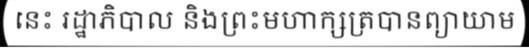
នេះ រដ្ឋាភិបាល និងព្រះមហាក្សត្របានព្យាយាម